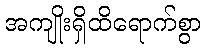
အကျိုးရှိထိရောက်စွာ